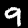
Digit: 9